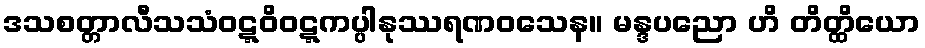
ဒသစတ္တာလီသသံဝဋ္ဋဝိဝဋ္ဋကပ္ပါနုဿရဏဝသေန။ မန္ဒပညော ဟိ တိတ္ထိယော